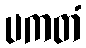
ပကတံ